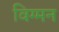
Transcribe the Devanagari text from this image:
विग्मन